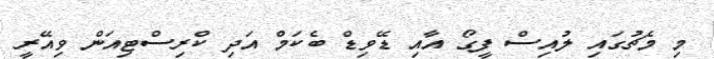
މި މެޗުގައި ލުއިސް ފީގޯ އާއި ޑޭވިޑް ބެކަމް އަދި ކްރިސްޓިއަން ވިއޭރީ